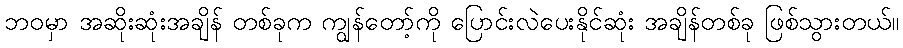
ဘဝမှာ အဆိုးဆုံးအချိန် တစ်ခုက ကျွန်တော့်ကို ပြောင်းလဲပေးနိုင်ဆုံး အချိန်တစ်ခု ဖြစ်သွားတယ်။